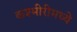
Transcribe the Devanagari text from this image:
कश्मीरीमध्ये